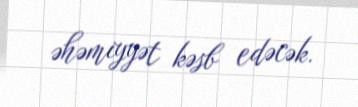
əhəmiyyət kəsb edəcək.